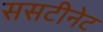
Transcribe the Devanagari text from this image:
ससटीनेट